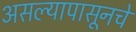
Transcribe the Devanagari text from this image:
असल्यापासूनचे